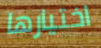
اختيارها